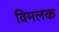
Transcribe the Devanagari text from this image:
विमलक